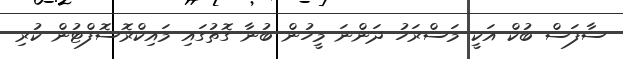
ސާފަސް ބުކް އަކީ މަސްރަހު ދަންނަ މީހުން ބުނާ ގޮތުގައި މައިކްރޮސޮފްޓުން ކުރި